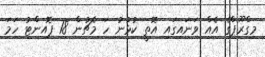
މިގްރޫޕްގެ އެއް ވަނައިގައި އޮތީ ކުޅުނު ހަ މެޗުން 18 ޕޮއިންޓު ހަމަ